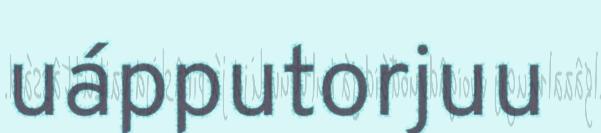
uápputorjuu